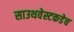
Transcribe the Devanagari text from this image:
साउथवेस्टकडेच